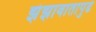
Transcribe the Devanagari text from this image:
झंझावातापुढे